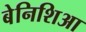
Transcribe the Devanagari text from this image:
बेनिशिआ